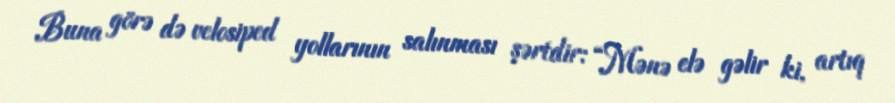
Buna görə də velosiped yollarının salınması şərtdir: “Mənə elə gəlir ki, artıq